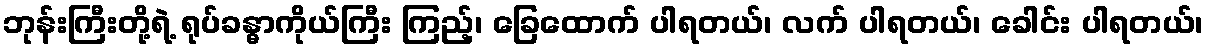
ဘုန်းကြီးတို့ရဲ့ ရုပ်ခန္ဓာကိုယ်ကြီး ကြည့်၊ ခြေထောက် ပါရတယ်၊ လက် ပါရတယ်၊ ခေါင်း ပါရတယ်၊